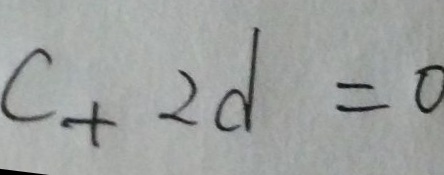
c + 2 d = 0